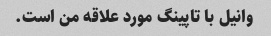
وانیل با تاپینگ مورد علاقه من است.